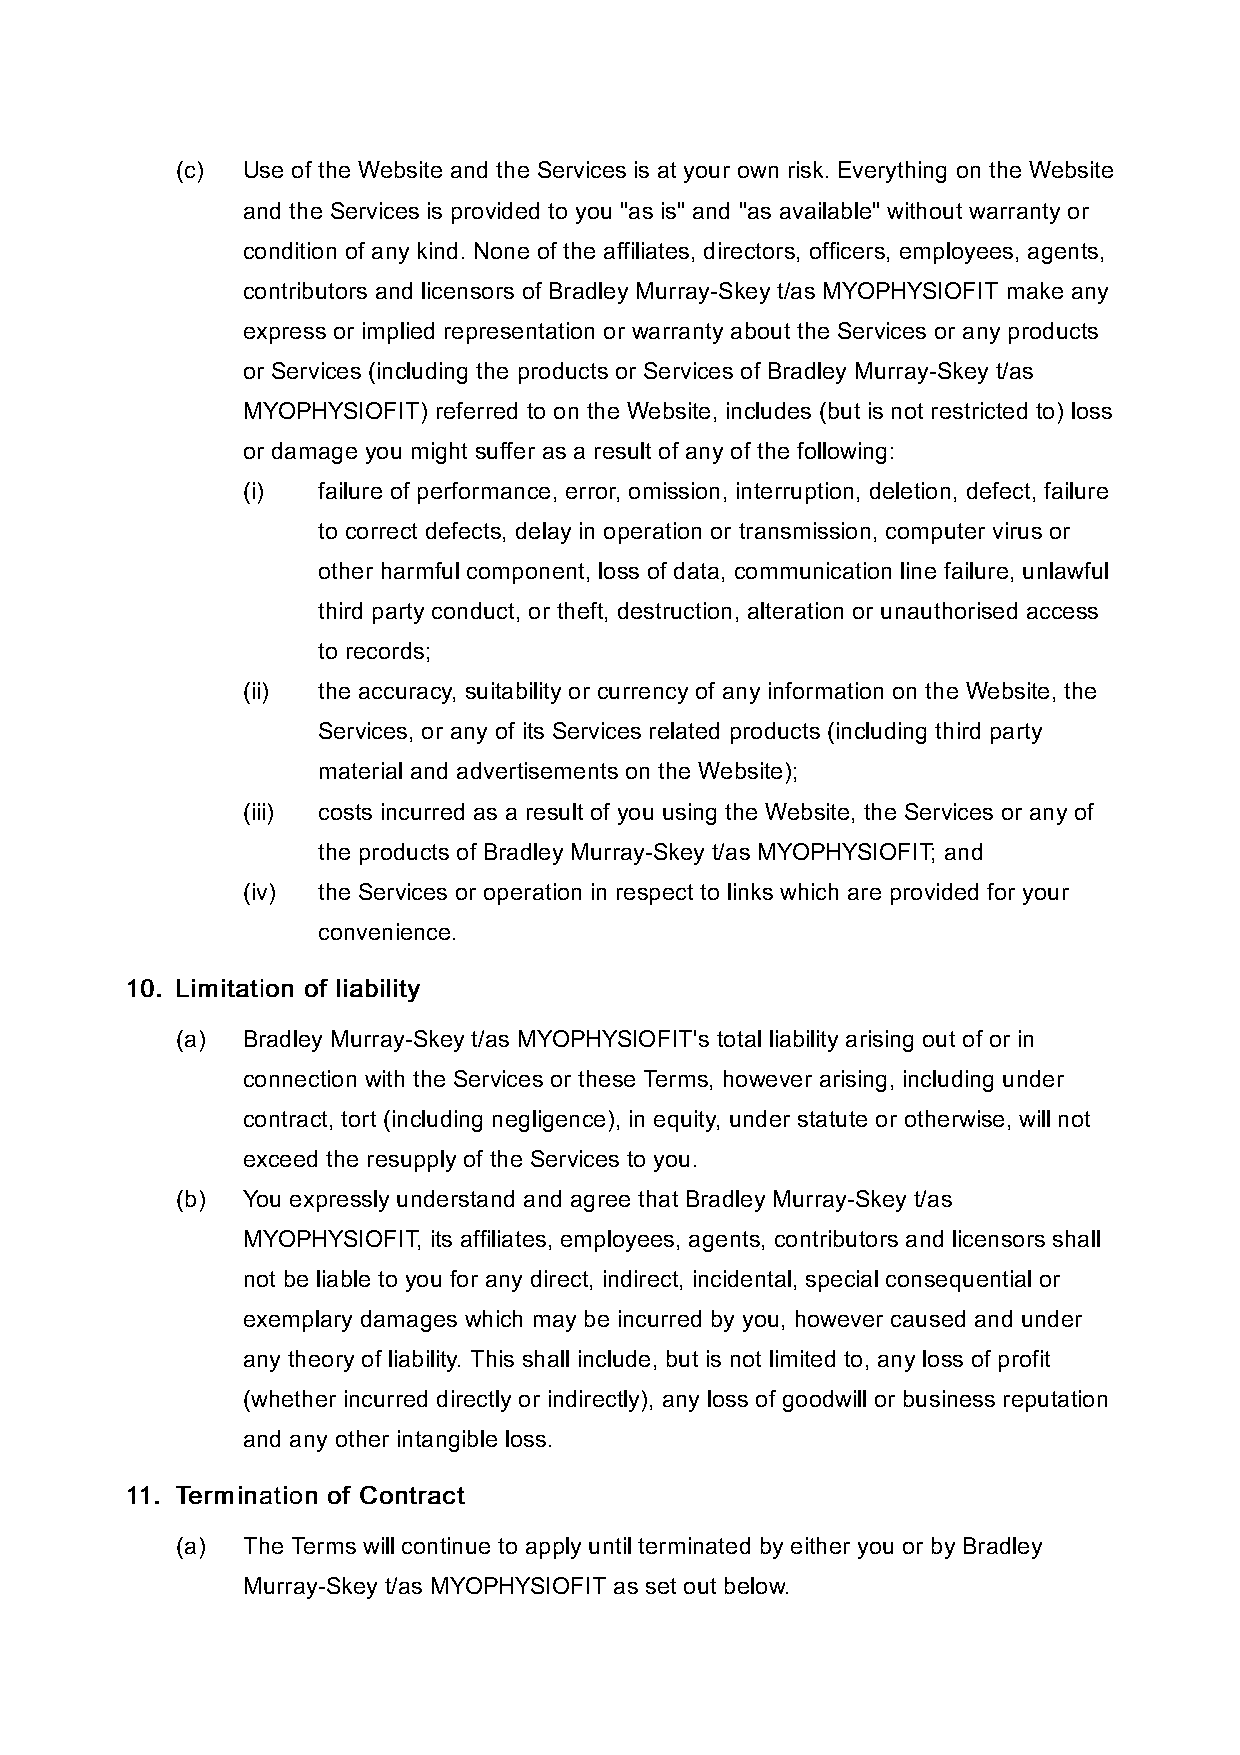
(c) Use of the Website and the Services is at your own risk. Everything on the Website
 and the Services is provided to you "as is" and "as available" without warranty or
 condition of any kind. None of the affiliates, directors, officers, employees, agents,
 contributors and licensors of Bradley Murray-Skey t/as MYOPHYSIOFIT make any
 express or implied representation or warranty about the Services or any products
 or Services (including the products or Services of Bradley Murray-Skey t/as
 MYOPHYSIOFIT) referred to on the Website, includes (but is not restricted to) loss
 or damage you might suffer as a result of any of the following:
 (i)  failure of performance, error, omission, interruption, deletion, defect, failure
 to correct defects, delay in operation or transmission, computer virus or
 other harmful component, loss of data, communication line failure, unlawful
 third party conduct, or theft, destruction, alteration or unauthorised access
 to records;
 (ii) the accuracy, suitability or currency of any information on the Website, the
 Services, or any of its Services related products (including third party
 material and advertisements on the Website);
 (iii) costs incurred as a result of you using the Website, the Services or any of
 the products of Bradley Murray-Skey t/as MYOPHYSIOFIT; and
 (iv) the Services or operation in respect to links which are provided for your
 convenience.
 1100.. LLiimmiittaattiioonn ooff lliiaabbiilliittyy
 (a) Bradley Murray-Skey t/as MYOPHYSIOFIT's total liability arising out of or in
 connection with the Services or these Terms, however arising, including under
 contract, tort (including negligence), in equity, under statute or otherwise, will not
 exceed the resupply of the Services to you.
 (b) You expressly understand and agree that Bradley Murray-Skey t/as
 MYOPHYSIOFIT, its affiliates, employees, agents, contributors and licensors shall
 not be liable to you for any direct, indirect, incidental, special consequential or
 exemplary damages which may be incurred by you, however caused and under
 any theory of liability. This shall include, but is not limited to, any loss of profit
 (whether incurred directly or indirectly), any loss of goodwill or business reputation
 and any other intangible loss.
 1111.. TTeerrmmiinnaattiioonn ooff CCoonnttrraacctt
 (a) The Terms will continue to apply until terminated by either you or by Bradley
 Murray-Skey t/as MYOPHYSIOFIT as set out below.